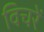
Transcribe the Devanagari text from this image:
विचरें